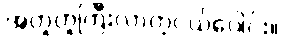
အတူတူကြီးလာတဲ့ငယ်ပေါင်း။